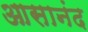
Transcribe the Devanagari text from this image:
आसानंद